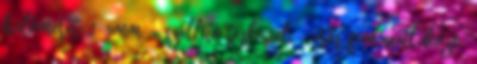
hálóméret: 2-5mm, - szállító táskával, - erős fém csatlakozó,.